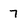
Character: 7